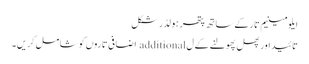
ایلومینیم تار کے ساتھ پتھر ہولڈر شکل
تائید اور پھل پھولنے کے ل additional اضافی تاروں کو شامل کریں۔